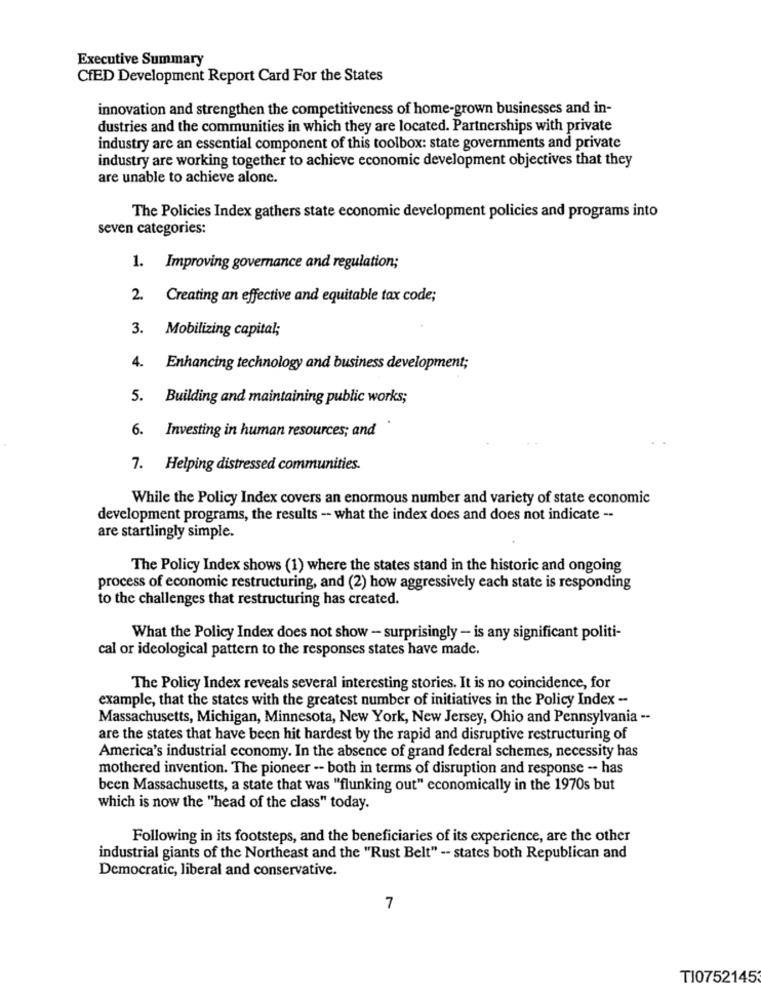
Executive Summary
CfED Development Report Card For the States
innovation and strengthen the competitiveness of home-grown businesses and in-
dustries and the communities in which they are located. Partnerships with private
industry are an essential component of this toolbox: state governments and private
industry are working together to achieve economic development objectives that they
are unable to achieve alone.
The Policies Index gathers state economic development policies and programs into
seven categories:
1. Improving governance and regulation;
2. Creating an effective and equitable tax code;
3. Mobilizing capital;
4. Enhancing technology and business development;
5. Building and maintaining public works;
6. Investing in human resources; and
7. Helping distressed communities.
While the Policy Index covers an enormous number and variety of state economic
development programs, the results -- what the index does and does not indicate --
are startlingly simple.
The Policy Index shows (1) where the states stand in the historic and ongoing
process of economic restructuring, and (2) how aggressively each state is responding
to the challenges that restructuring has created.
What the Policy Index does not show - surprisingly - is any significant politi-
cal or ideological pattern to the responses states have made.
The Policy Index reveals several interesting stories. It is no coincidence, for
example, that the states with the greatest number of initiatives in the Policy Index -
Massachusetts, Michigan, Minnesota, New York, New Jersey, Ohio and Pennsylvania --
are the states that have been hit hardest by the rapid and disruptive restructuring of
America's industrial economy. In the absence of grand federal schemes, necessity has
mothered invention. The pioneer -- both in terms of disruption and response -- has
been Massachusetts, a state that was "flunking out" economically in the 1970s but
which is now the "head of the class" today.
Following in its footsteps, and the beneficiaries of its experience, are the other
industrial giants of the Northeast and the "Rust Belt" -- states both Republican and
Democratic, liberal and conservative.
7
TI0752145